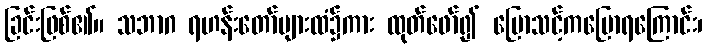
ခြင်းဖြစ်၏။ သဘာဂ ရဟန်းတော်များထံ၌ကား ထုတ်ဖော်၍ ပြောသင့်ကပြောရကြောင်း၊